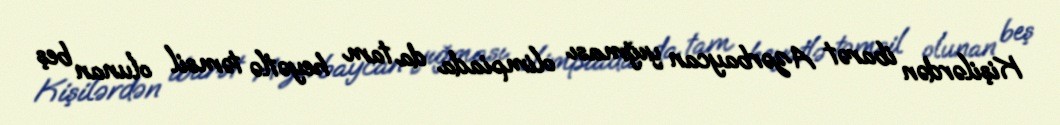
Kişilərdən ibarət Azərbaycan yığması olimpiada da tam heyətlə təmsil olunan beş